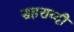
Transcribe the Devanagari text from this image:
सहराब्दी